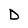
Character: D